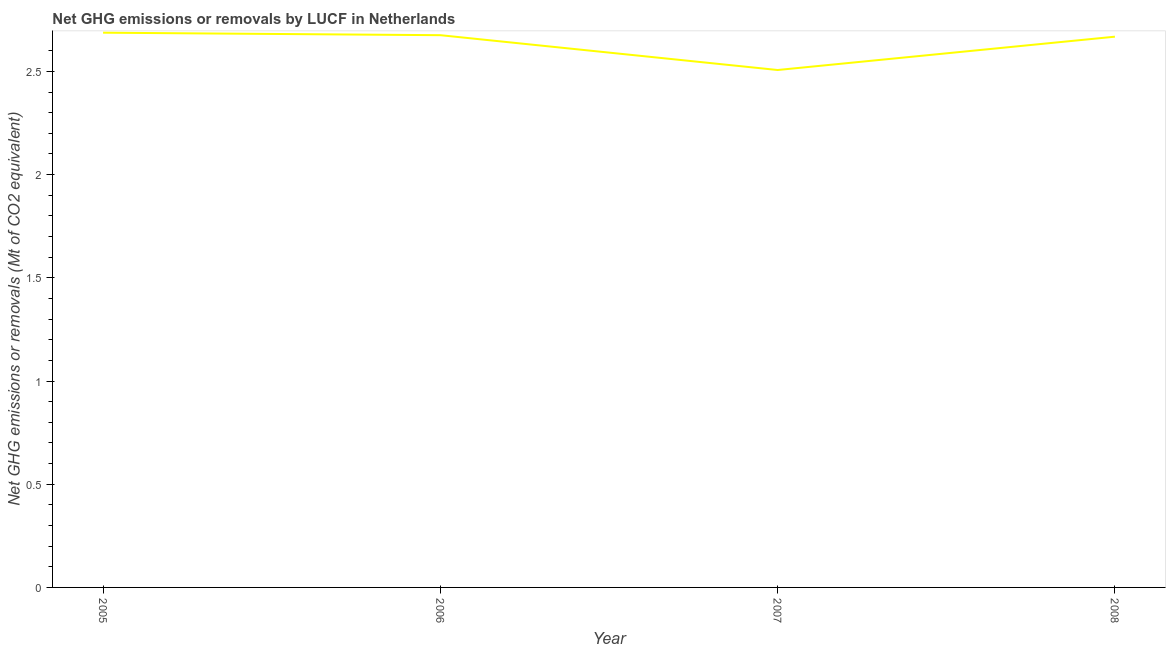
| Year | GHG net emissions or removals |
 | --- | --- |
 | 2005 | 2.69 |
 | 2006 | 2.68 |
 | 2007 | 2.51 |
 | 2008 | 2.67 |